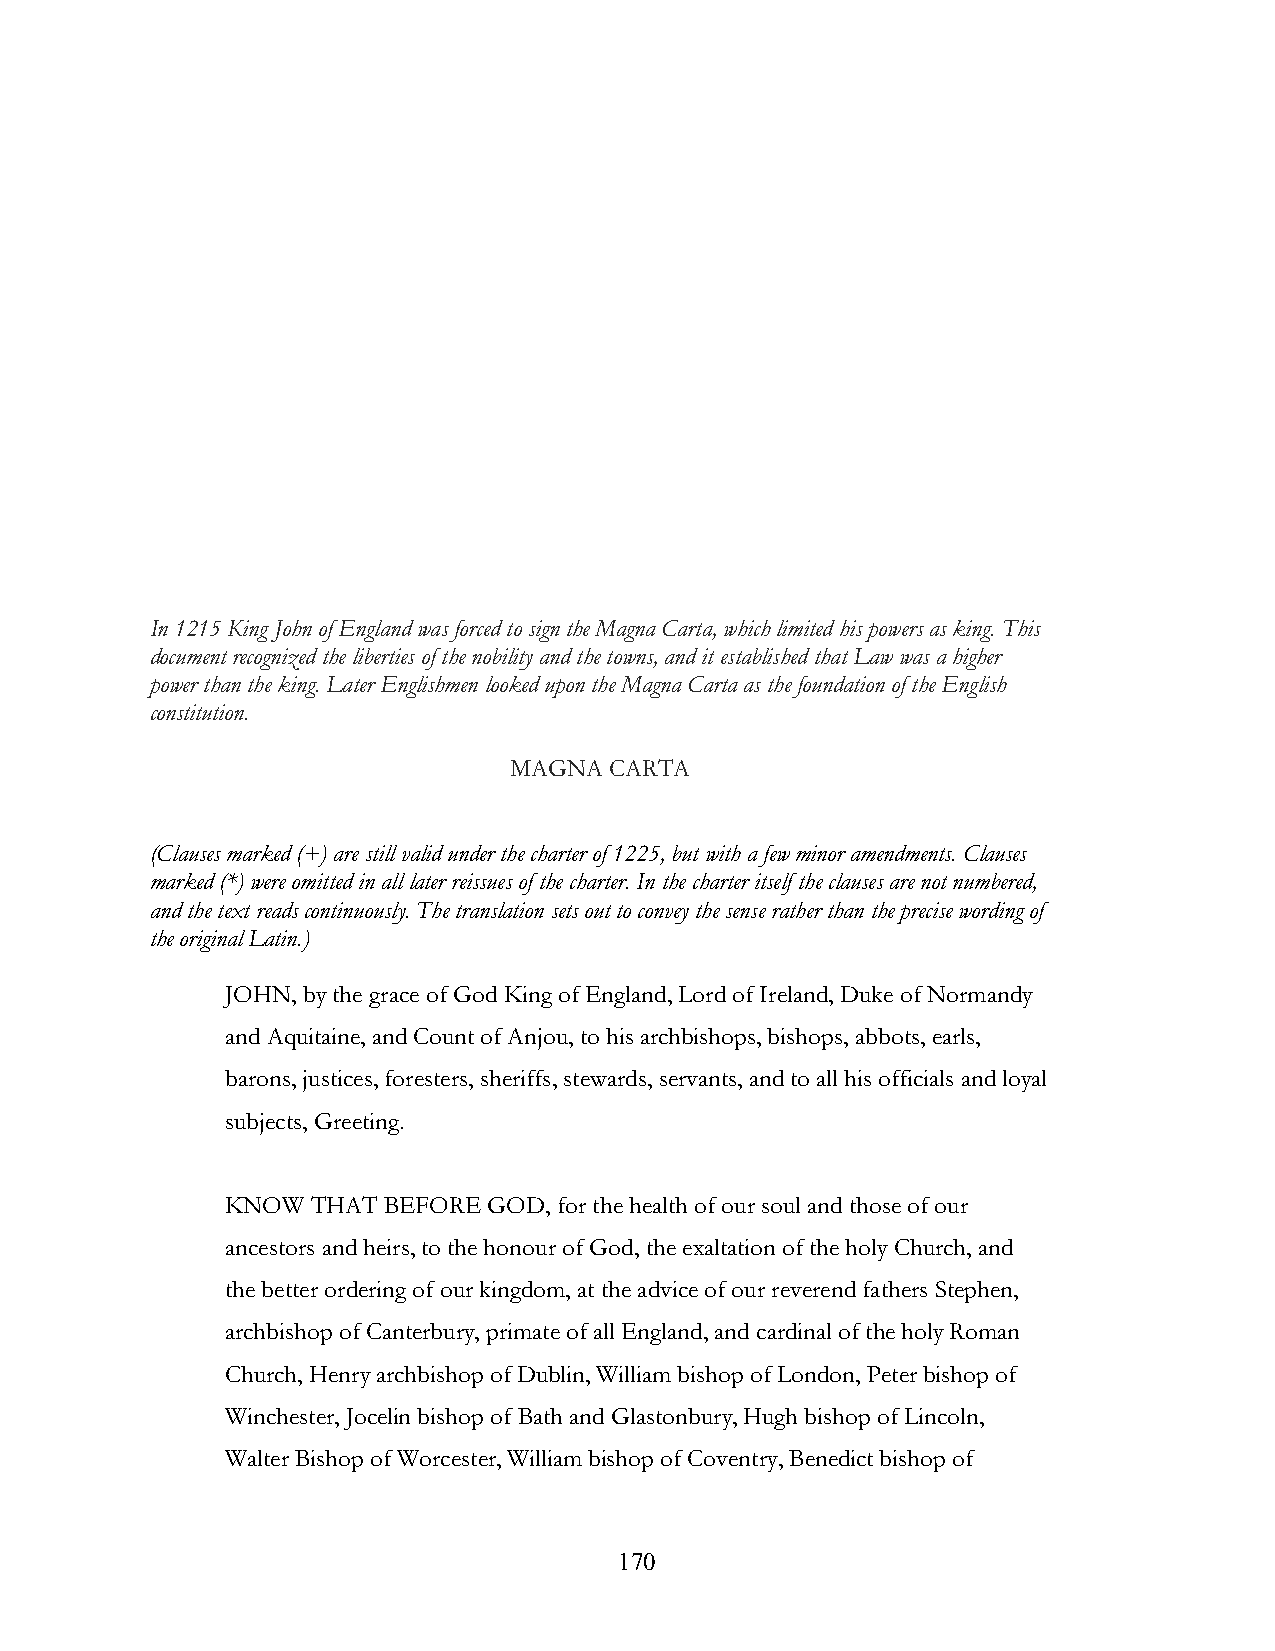
In 1215 King John of England was forced to sign the Magna Carta, which limited his powers as king. This
 document recognized the liberties of the nobility and the towns, and it established that Law was a higher
 power than the king. Later Englishmen looked upon the Magna Carta as the foundation of the English
 constitution.
 MAGNA CARTA
 (Clauses marked (+) are still valid under the charter of 1225, but with a few minor amendments. Clauses
 marked (*) were omitted in all later reissues of the charter. In the charter itself the clauses are not numbered,
 and the text reads continuously. The translation sets out to convey the sense rather than the precise wording of
 the original Latin.)
 JOHN, by the grace of God King of England, Lord of Ireland, Duke of Normandy
 and Aquitaine, and Count of Anjou, to his archbishops, bishops, abbots, earls,
 barons, justices, foresters, sheriffs, stewards, servants, and to all his officials and loyal
 subjects, Greeting.
 KNOW  THAT BEFORE GOD, for the health of our soul and those of our
 ancestors and heirs, to the honour of God, the exaltation of the holy Church, and
 the better ordering of our kingdom, at the advice of our reverend fathers Stephen,
 archbishop of Canterbury, primate of all England, and cardinal of the holy Roman
 Church, Henry archbishop of Dublin, William bishop of London, Peter bishop of
 Winchester, Jocelin bishop of Bath and Glastonbury, Hugh bishop of Lincoln,
 Walter Bishop of Worcester, William bishop of Coventry, Benedict bishop of
 !                         170